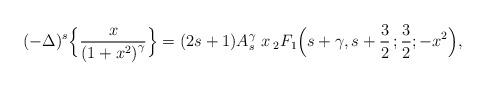
LaTeX: \begin{align*}(-\Delta)^{s}\Big\{\frac{x}{\left(1+x^2\right)^{\gamma}}\Big\}= (2s+1)A_s^\gamma\,\, x \, {}_{2}F_{1}\Big(s+\gamma,s+\frac{3}{2}\, ;\frac{3}{2};-x^2\Big),\end{align*}